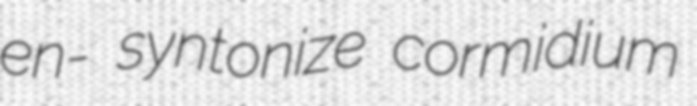
en- syntonize cormidium